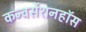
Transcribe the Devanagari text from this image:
कन्वर्सेशनहॉस